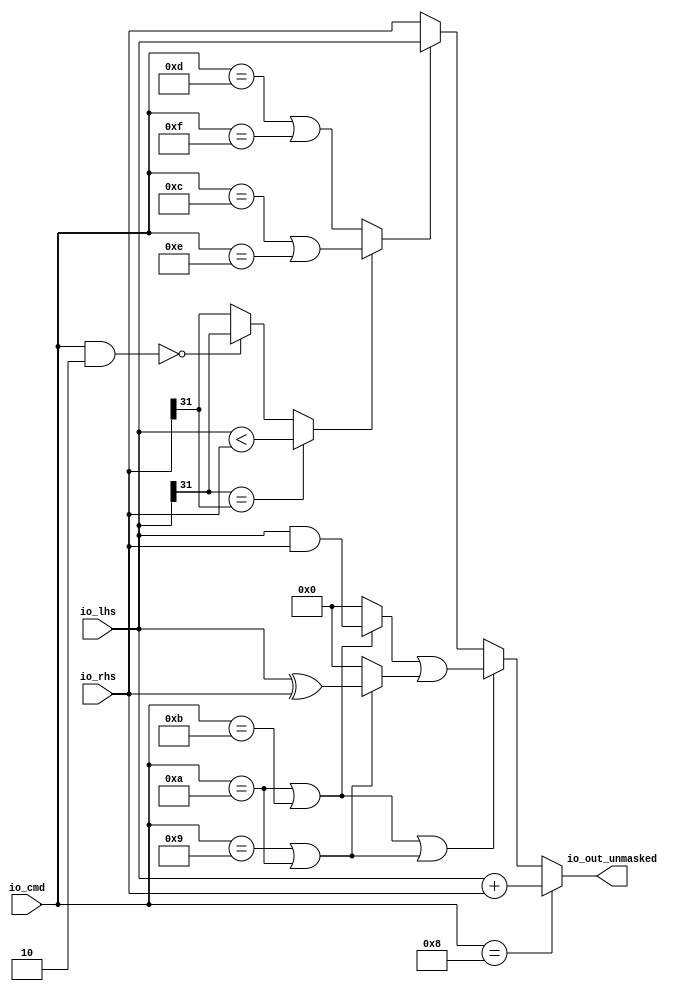
// This program was cloned from: https://github.com/NYU-MLDA/OpenABC
// License: BSD 3-Clause "New" or "Revised" License

module AMOALU( // @[:freechips.rocketchip.system.TinyConfig.fir@105905.2]
  input  [4:0]  io_cmd, // @[:freechips.rocketchip.system.TinyConfig.fir@105908.4]
  input  [31:0] io_lhs, // @[:freechips.rocketchip.system.TinyConfig.fir@105908.4]
  input  [31:0] io_rhs, // @[:freechips.rocketchip.system.TinyConfig.fir@105908.4]
  output [31:0] io_out_unmasked // @[:freechips.rocketchip.system.TinyConfig.fir@105908.4]
);
  wire  _T; // @[AMOALU.scala 64:20:freechips.rocketchip.system.TinyConfig.fir@105913.4]
  wire  _T_1; // @[AMOALU.scala 64:43:freechips.rocketchip.system.TinyConfig.fir@105914.4]
  wire  max; // @[AMOALU.scala 64:33:freechips.rocketchip.system.TinyConfig.fir@105915.4]
  wire  _T_2; // @[AMOALU.scala 65:20:freechips.rocketchip.system.TinyConfig.fir@105916.4]
  wire  _T_3; // @[AMOALU.scala 65:43:freechips.rocketchip.system.TinyConfig.fir@105917.4]
  wire  min; // @[AMOALU.scala 65:33:freechips.rocketchip.system.TinyConfig.fir@105918.4]
  wire  add; // @[AMOALU.scala 66:20:freechips.rocketchip.system.TinyConfig.fir@105919.4]
  wire  _T_4; // @[AMOALU.scala 67:26:freechips.rocketchip.system.TinyConfig.fir@105920.4]
  wire  _T_5; // @[AMOALU.scala 67:48:freechips.rocketchip.system.TinyConfig.fir@105921.4]
  wire  logic_and; // @[AMOALU.scala 67:38:freechips.rocketchip.system.TinyConfig.fir@105922.4]
  wire  _T_6; // @[AMOALU.scala 68:26:freechips.rocketchip.system.TinyConfig.fir@105923.4]
  wire  logic_xor; // @[AMOALU.scala 68:39:freechips.rocketchip.system.TinyConfig.fir@105925.4]
  wire [31:0] adder_out; // @[AMOALU.scala 73:21:freechips.rocketchip.system.TinyConfig.fir@105930.4]
  wire [4:0] _T_14; // @[AMOALU.scala 86:17:freechips.rocketchip.system.TinyConfig.fir@105933.4]
  wire  _T_16; // @[AMOALU.scala 86:25:freechips.rocketchip.system.TinyConfig.fir@105935.4]
  wire  _T_17; // @[AMOALU.scala 88:12:freechips.rocketchip.system.TinyConfig.fir@105936.4]
  wire  _T_18; // @[AMOALU.scala 88:23:freechips.rocketchip.system.TinyConfig.fir@105937.4]
  wire  _T_19; // @[AMOALU.scala 88:18:freechips.rocketchip.system.TinyConfig.fir@105938.4]
  wire  _T_22; // @[AMOALU.scala 79:35:freechips.rocketchip.system.TinyConfig.fir@105941.4]
  wire  _T_25; // @[AMOALU.scala 88:58:freechips.rocketchip.system.TinyConfig.fir@105944.4]
  wire  less; // @[AMOALU.scala 88:10:freechips.rocketchip.system.TinyConfig.fir@105945.4]
  wire  _T_26; // @[AMOALU.scala 94:23:freechips.rocketchip.system.TinyConfig.fir@105946.4]
  wire [31:0] minmax; // @[AMOALU.scala 94:19:freechips.rocketchip.system.TinyConfig.fir@105947.4]
  wire [31:0] _T_27; // @[AMOALU.scala 96:27:freechips.rocketchip.system.TinyConfig.fir@105948.4]
  wire [31:0] _T_28; // @[AMOALU.scala 96:8:freechips.rocketchip.system.TinyConfig.fir@105949.4]
  wire [31:0] _T_29; // @[AMOALU.scala 97:27:freechips.rocketchip.system.TinyConfig.fir@105950.4]
  wire [31:0] _T_30; // @[AMOALU.scala 97:8:freechips.rocketchip.system.TinyConfig.fir@105951.4]
  wire [31:0] logic_; // @[AMOALU.scala 96:42:freechips.rocketchip.system.TinyConfig.fir@105952.4]
  wire  _T_31; // @[AMOALU.scala 100:19:freechips.rocketchip.system.TinyConfig.fir@105953.4]
  wire [31:0] _T_32; // @[AMOALU.scala 100:8:freechips.rocketchip.system.TinyConfig.fir@105954.4]
  assign _T = io_cmd == 5'hd; // @[AMOALU.scala 64:20:freechips.rocketchip.system.TinyConfig.fir@105913.4]
  assign _T_1 = io_cmd == 5'hf; // @[AMOALU.scala 64:43:freechips.rocketchip.system.TinyConfig.fir@105914.4]
  assign max = _T | _T_1; // @[AMOALU.scala 64:33:freechips.rocketchip.system.TinyConfig.fir@105915.4]
  assign _T_2 = io_cmd == 5'hc; // @[AMOALU.scala 65:20:freechips.rocketchip.system.TinyConfig.fir@105916.4]
  assign _T_3 = io_cmd == 5'he; // @[AMOALU.scala 65:43:freechips.rocketchip.system.TinyConfig.fir@105917.4]
  assign min = _T_2 | _T_3; // @[AMOALU.scala 65:33:freechips.rocketchip.system.TinyConfig.fir@105918.4]
  assign add = io_cmd == 5'h8; // @[AMOALU.scala 66:20:freechips.rocketchip.system.TinyConfig.fir@105919.4]
  assign _T_4 = io_cmd == 5'ha; // @[AMOALU.scala 67:26:freechips.rocketchip.system.TinyConfig.fir@105920.4]
  assign _T_5 = io_cmd == 5'hb; // @[AMOALU.scala 67:48:freechips.rocketchip.system.TinyConfig.fir@105921.4]
  assign logic_and = _T_4 | _T_5; // @[AMOALU.scala 67:38:freechips.rocketchip.system.TinyConfig.fir@105922.4]
  assign _T_6 = io_cmd == 5'h9; // @[AMOALU.scala 68:26:freechips.rocketchip.system.TinyConfig.fir@105923.4]
  assign logic_xor = _T_6 | _T_4; // @[AMOALU.scala 68:39:freechips.rocketchip.system.TinyConfig.fir@105925.4]
  assign adder_out = io_lhs + io_rhs; // @[AMOALU.scala 73:21:freechips.rocketchip.system.TinyConfig.fir@105930.4]
  assign _T_14 = io_cmd & 5'h2; // @[AMOALU.scala 86:17:freechips.rocketchip.system.TinyConfig.fir@105933.4]
  assign _T_16 = _T_14 == 5'h0; // @[AMOALU.scala 86:25:freechips.rocketchip.system.TinyConfig.fir@105935.4]
  assign _T_17 = io_lhs[31]; // @[AMOALU.scala 88:12:freechips.rocketchip.system.TinyConfig.fir@105936.4]
  assign _T_18 = io_rhs[31]; // @[AMOALU.scala 88:23:freechips.rocketchip.system.TinyConfig.fir@105937.4]
  assign _T_19 = _T_17 == _T_18; // @[AMOALU.scala 88:18:freechips.rocketchip.system.TinyConfig.fir@105938.4]
  assign _T_22 = io_lhs < io_rhs; // @[AMOALU.scala 79:35:freechips.rocketchip.system.TinyConfig.fir@105941.4]
  assign _T_25 = _T_16 ? _T_17 : _T_18; // @[AMOALU.scala 88:58:freechips.rocketchip.system.TinyConfig.fir@105944.4]
  assign less = _T_19 ? _T_22 : _T_25; // @[AMOALU.scala 88:10:freechips.rocketchip.system.TinyConfig.fir@105945.4]
  assign _T_26 = less ? min : max; // @[AMOALU.scala 94:23:freechips.rocketchip.system.TinyConfig.fir@105946.4]
  assign minmax = _T_26 ? io_lhs : io_rhs; // @[AMOALU.scala 94:19:freechips.rocketchip.system.TinyConfig.fir@105947.4]
  assign _T_27 = io_lhs & io_rhs; // @[AMOALU.scala 96:27:freechips.rocketchip.system.TinyConfig.fir@105948.4]
  assign _T_28 = logic_and ? _T_27 : 32'h0; // @[AMOALU.scala 96:8:freechips.rocketchip.system.TinyConfig.fir@105949.4]
  assign _T_29 = io_lhs ^ io_rhs; // @[AMOALU.scala 97:27:freechips.rocketchip.system.TinyConfig.fir@105950.4]
  assign _T_30 = logic_xor ? _T_29 : 32'h0; // @[AMOALU.scala 97:8:freechips.rocketchip.system.TinyConfig.fir@105951.4]
  assign logic_ = _T_28 | _T_30; // @[AMOALU.scala 96:42:freechips.rocketchip.system.TinyConfig.fir@105952.4]
  assign _T_31 = logic_and | logic_xor; // @[AMOALU.scala 100:19:freechips.rocketchip.system.TinyConfig.fir@105953.4]
  assign _T_32 = _T_31 ? logic_ : minmax; // @[AMOALU.scala 100:8:freechips.rocketchip.system.TinyConfig.fir@105954.4]
  assign io_out_unmasked = add ? adder_out : _T_32; // @[AMOALU.scala 105:19:freechips.rocketchip.system.TinyConfig.fir@105976.4]
endmodule